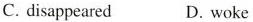
C. disappeared D. woke